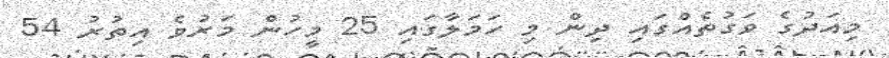
މިއަދުގެ ވަގުތެއްގައި ދިން މި ހަމަލާގައި 25 މީހުން މަރުވެ އިތުރު 54